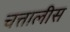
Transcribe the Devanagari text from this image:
चत्तालीस